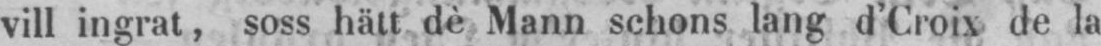
vill ingrat, soss hätt dè Mann schons lang d’Croix de la